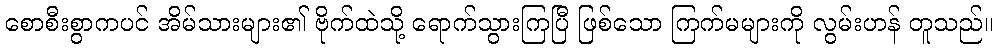
စောစီးစွာကပင် အိမ်သားများ၏ ဗိုက်ထဲသို့ ရောက်သွားကြပြီ ဖြစ်သော ကြက်မများကို လွမ်းဟန် တူသည်။